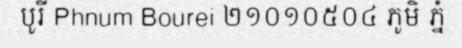
បូរី Phnum Bourei ២១០១០៥០៤ ភូមិ ភ្នំ